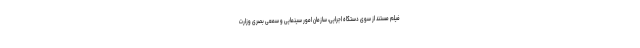
فیلم مستند از سوی دستگاه اجرایی، سازمان امور سینمایی و سمعی بصری وزارت